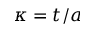
\kappa = t / a